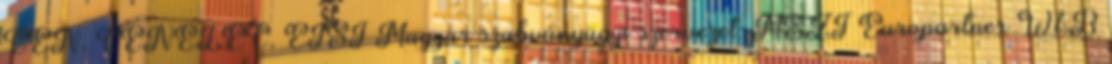
CEN, CENELEC, ETSI Magyar szabványügyi szervezet: MSZT Europartner W&B